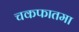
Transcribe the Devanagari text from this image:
चकफातमा